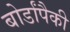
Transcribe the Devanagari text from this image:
बोर्डांपैकी